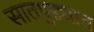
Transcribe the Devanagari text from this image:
सातपुड्यात